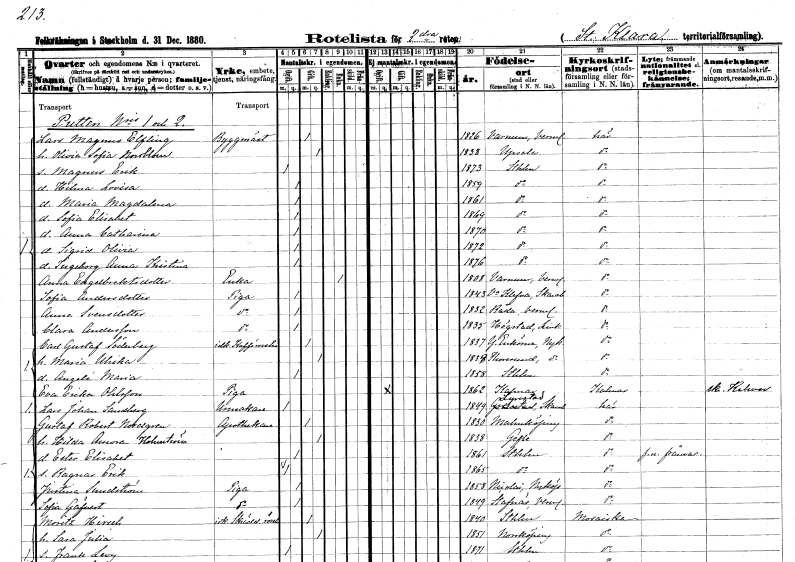
gt_parse: households: individuals: FN: Lars Magnus
EN: Elfling
YRKE: Byggmästare
KON: M
CIV: G
FODAR: 1826
FODFORS: Varnum Värmlands län
FN: Olivia Sofia
EN: Nordblom
KON: K
CIV: G
FODAR: 1838
FODFORS: Uppsala Uppsala län
FN: Magnus Erik
KON: M
CIV: O
FODAR: 1873
FODFORS: Stockholm
FN: Hilma Lovisa
KON: K
CIV: O
FODAR: 1859
FODFORS: Stockholm
FN: Maria Magdalena
KON: K
CIV: O
FODAR: 1861
FODFORS: Stockholm
FN: Sofia Elisabet
KON: K
CIV: O
FODAR: 1869
FODFORS: Stockholm
FN: Anna Catharina
KON: K
CIV: O
FODAR: 1870
FODFORS: Stockholm
FN: Sigrid Olivia
KON: K
CIV: O
FODAR: 1872
FODFORS: Stockholm
FN: Ingeborg Anna Kristina
KON: K
CIV: O
FODAR: 1876
FODFORS: Stockholm
FN: Anna
EN: Engelbrektsdotter
YRKE: Änka
KON: K
CIV: E
FODAR: 1808
FODFORS: Varnum Värmlands län
FN: Sofia
EN: Andersdotter
YRKE: Piga
KON: K
CIV: O
FODAR: 1843
FODFORS: Vilske-Kleva Skaraborgs län
FN: Anna
EN: Svensdotter
YRKE: Piga
KON: K
CIV: O
FODAR: 1832
FODFORS: Råda Värmlands län
FN: Clara
EN: Andersson
YRKE: Piga
KON: K
CIV: O
FODAR: 1835
FODFORS: Hogstad Östergötlands län
FN: Carl Gustaf
EN: Söderberg
YRKE: Kaféinnehavare
KON: M
CIV: G
FODAR: 1837
FODFORS: Ytterenhörna Stockholms län
FN: Maria Ulrika
KON: K
CIV: G
FODAR: 1838
FODFORS: Toresund Södermanlands län
FN: Angelé Maria
KON: K
CIV: O
FODAR: 1858
FODFORS: Stockholm
FN: Eva Erika
EN: Ohlsson
YRKE: Piga
KON: K
CIV: O
FODAR: 1862
FODFORS: Kalmar Kalmar län
FN: Lars Johan
EN: Sandberg
YRKE: Urmakare
KON: M
CIV: O
FODAR: 1849
FODFORS: Lyrestad Skaraborgs län
FN: Gustaf Robert
EN: Nordgren
YRKE: Apotekare
KON: M
CIV: G
FODAR: 1830
FODFORS: Malmköping Södermanlands län
FN: Hilda Aurora
EN: Holmström
KON: K
CIV: G
FODAR: 1838
FODFORS: Gävle Gävleborgs län
FN: Ester Elisabet
KON: K
CIV: O
FODAR: 1861
FODFORS: Stockholm
FN: Ragnar Erik
KON: M
CIV: O
FODAR: 1865
FODFORS: Stockholm
FN: Justina
EN: Sundström
YRKE: Piga
KON: K
CIV: O
FODAR: 1858
FODFORS: Nyköpings Sankt Nicolai Södermanlands län
FN: Sofia
EN: Gäfvert
YRKE: Piga
KON: K
CIV: O
FODAR: 1849
FODFORS: Stavnäs Värmlands län